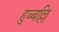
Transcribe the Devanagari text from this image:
हुब्बल्लि